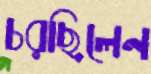
চরছিলেন